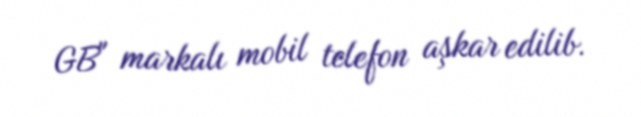
GB" markalı mobil telefon aşkar edilib.